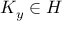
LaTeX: K _ { y } \in H